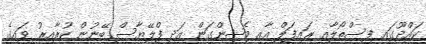
ކައްދޫގައި ފިސްތޯލާއި ރައިފަލް އާއި މެޝިންގަން އަދި ފްލޭޔާސް ބޭނުން ކުރާއިރު ވައިގެ